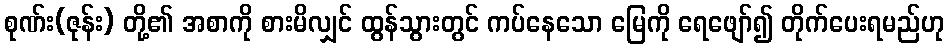
စုဏ်း(ဇုန်း) တို့၏ အစာကို စားမိလျှင် ထွန်သွားတွင် ကပ်နေသော မြေကို ရေဖျော်၍ တိုက်ပေးရမည်ဟု